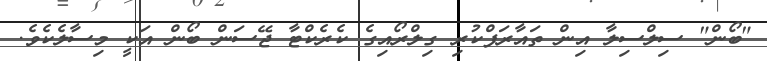
"ބޯން" ސިލްސިލާ އިން ތައާރަފްކުރި ގިލްރޯއިގެ ކެރެކްޓާ ޖޭސަން ބޯން އަކީ މިސާލެކެވެ.